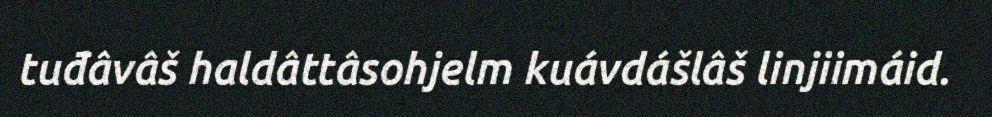
tuđâvâš haldâttâsohjelm kuávdášlâš linjiimáid.